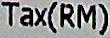
TAX(RM)